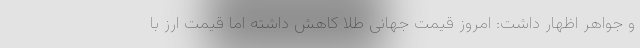
و جواهر اظهار داشت: امروز قیمت جهانی طلا کاهش داشته اما قیمت ارز با